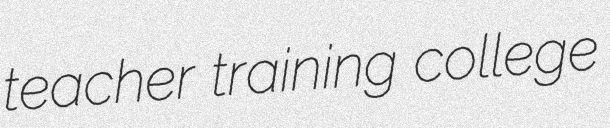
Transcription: teacher training college